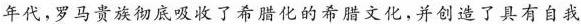
年代，罗马贵族彻底吸收了希腊化的希腊文化，并创造了具有自我)